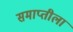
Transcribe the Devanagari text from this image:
समाप्तीला